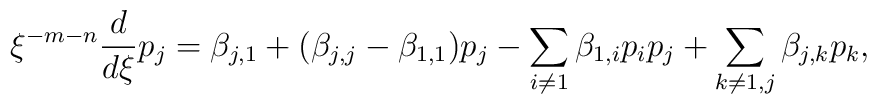
\xi^{-m-n} \frac{d}{d\xi} p_j = \beta_{j,1}+(\beta_{j,j}-\beta_{1,1}) p_j   -\sum_{i \ne 1} \beta_{1,i} p_i p_j +\sum_{k \ne 1, j} \beta_{j,k} p_k ,